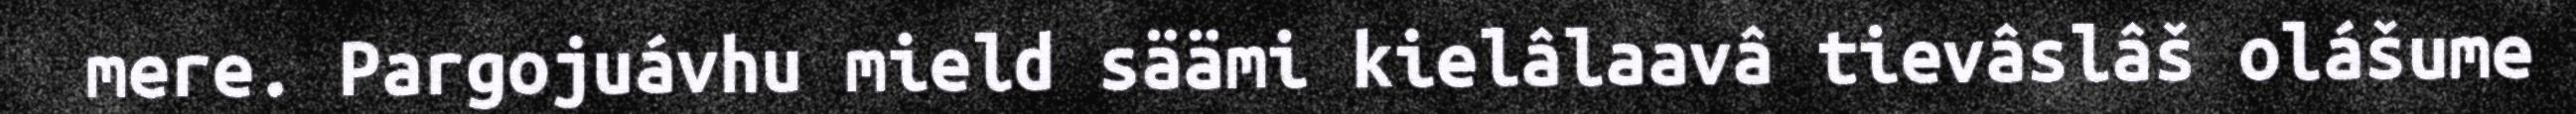
mere. Pargojuávhu mield säämi kielâlaavâ tievâslâš olášume